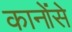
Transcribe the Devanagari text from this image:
कानोंसे